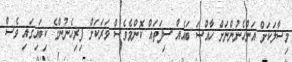
މިސާލަކަށް އަންހެނުންނަށް ހާއްސަ ބައެއް ސިފަތައް ކޮންމެވެސް ވަރަކަށް ފިރިހެނުންގެ ކިބައިގައި ވެސް